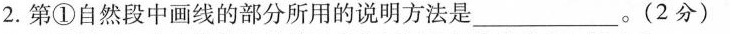
2.第①自然段中画线的部分所用的说明方法是___。(2分)